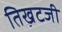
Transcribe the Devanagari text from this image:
तिखटजी